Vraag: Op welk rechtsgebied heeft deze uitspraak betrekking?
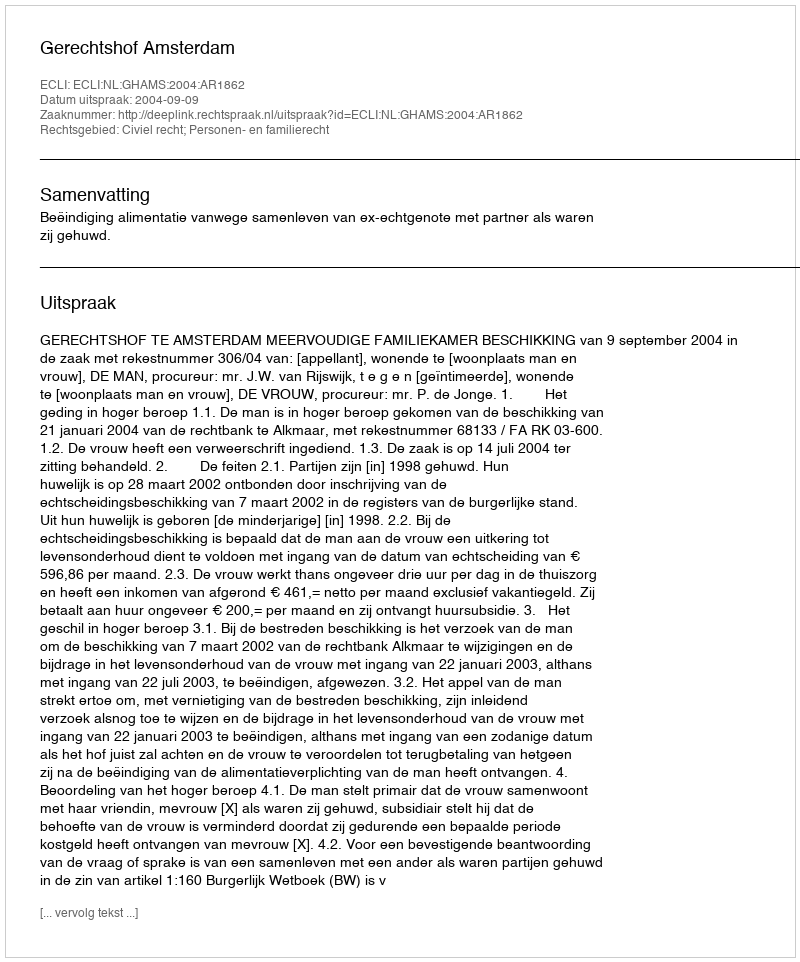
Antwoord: Civiel recht; Personen- en familierecht